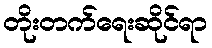
တိုးတက်ရေးဆိုင်ရာ